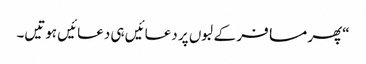
“پھر مسافر کے لبوں پر دعائیں ہی دعائیں ہوتیں۔